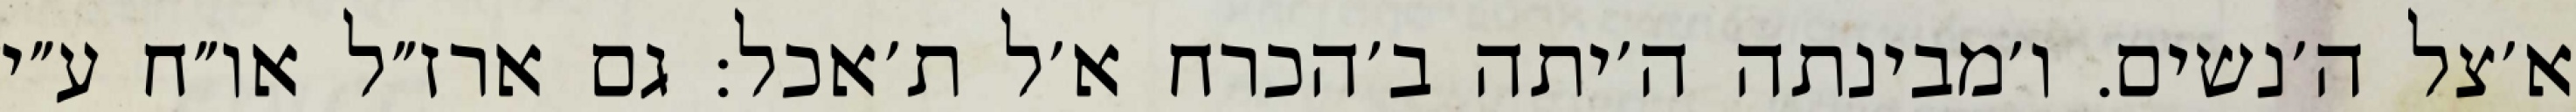
א׳צל ה׳נשים. ו׳מבינתה ה׳יתה ב׳הכרח א׳ל ת׳אכל: גם ארז״ל או״ח ע״י